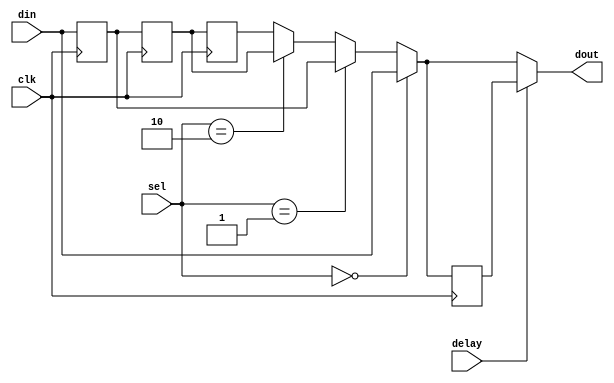
// Namco NVC293
// furrtek 2023

module NVC293(
	input clk,
	input [5:0] din,
	output [5:0] dout,
	input [1:0] sel,
	input delay
);

wire [5:0] muxed;
reg [5:0] muxed_reg;
reg [5:0] stage [0:2];

assign muxed = (sel == 2'd0) ? din : (sel == 2'd1) ? stage[0] : (sel == 2'd2) ? stage[1] : stage[2];
assign dout = delay ? muxed_reg : muxed;

always @(posedge clk) begin
	stage[0] <= din;
	stage[1] <= stage[0];
	stage[2] <= stage[1];
	muxed_reg <= muxed;
end

endmodule